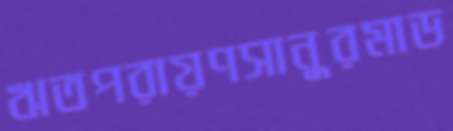
ঋতপরায়ণসানুরমাড